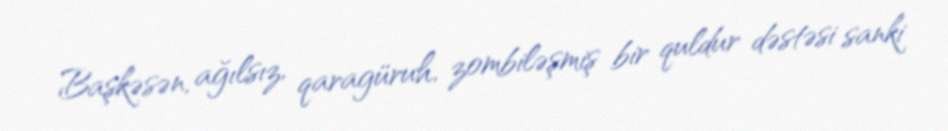
Başkəsən, ağılsız, qaragüruh, zombiləşmiş bir quldur dəstəsi sanki